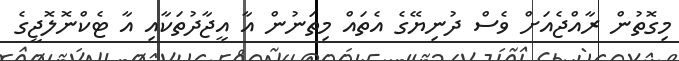
މިގޮތުން ރާއްޖެއަށް ވެސް ދުނިޔޭގެ އެތައް މިތަނުން އާ އީޖާދުތަކާއި އާ ޓެކްނޮލޮޖީގެ